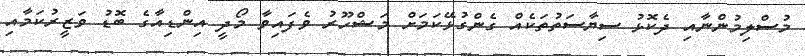
މުސްލިމުންނާއި ދެކޮޅު ސިޔާސަތުތަކެއް ގެންގުޅޭކަމަށް މަޝްހޫރު ވެފައިވާ މޯދީ އިންޑިއާގެ ބޮޑު ވަޒީރުކަމާއި